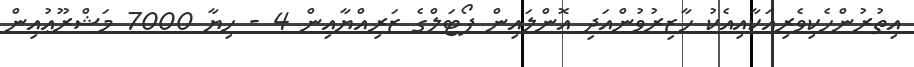
އިތުރުންހެކިވެރިއަކާއިއެކު ހާޒިރުވުންއަދި އޮންލައިން ޕޯޓަލްގެ ޒަރިއްޔާއިން 4 - ހިޔާ 7000 މަޝްރޫޢުއިން